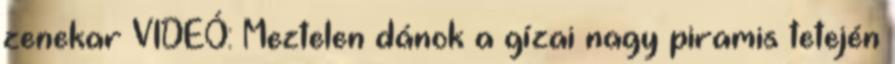
zenekar VIDEÓ: Meztelen dánok a gízai nagy piramis tetején